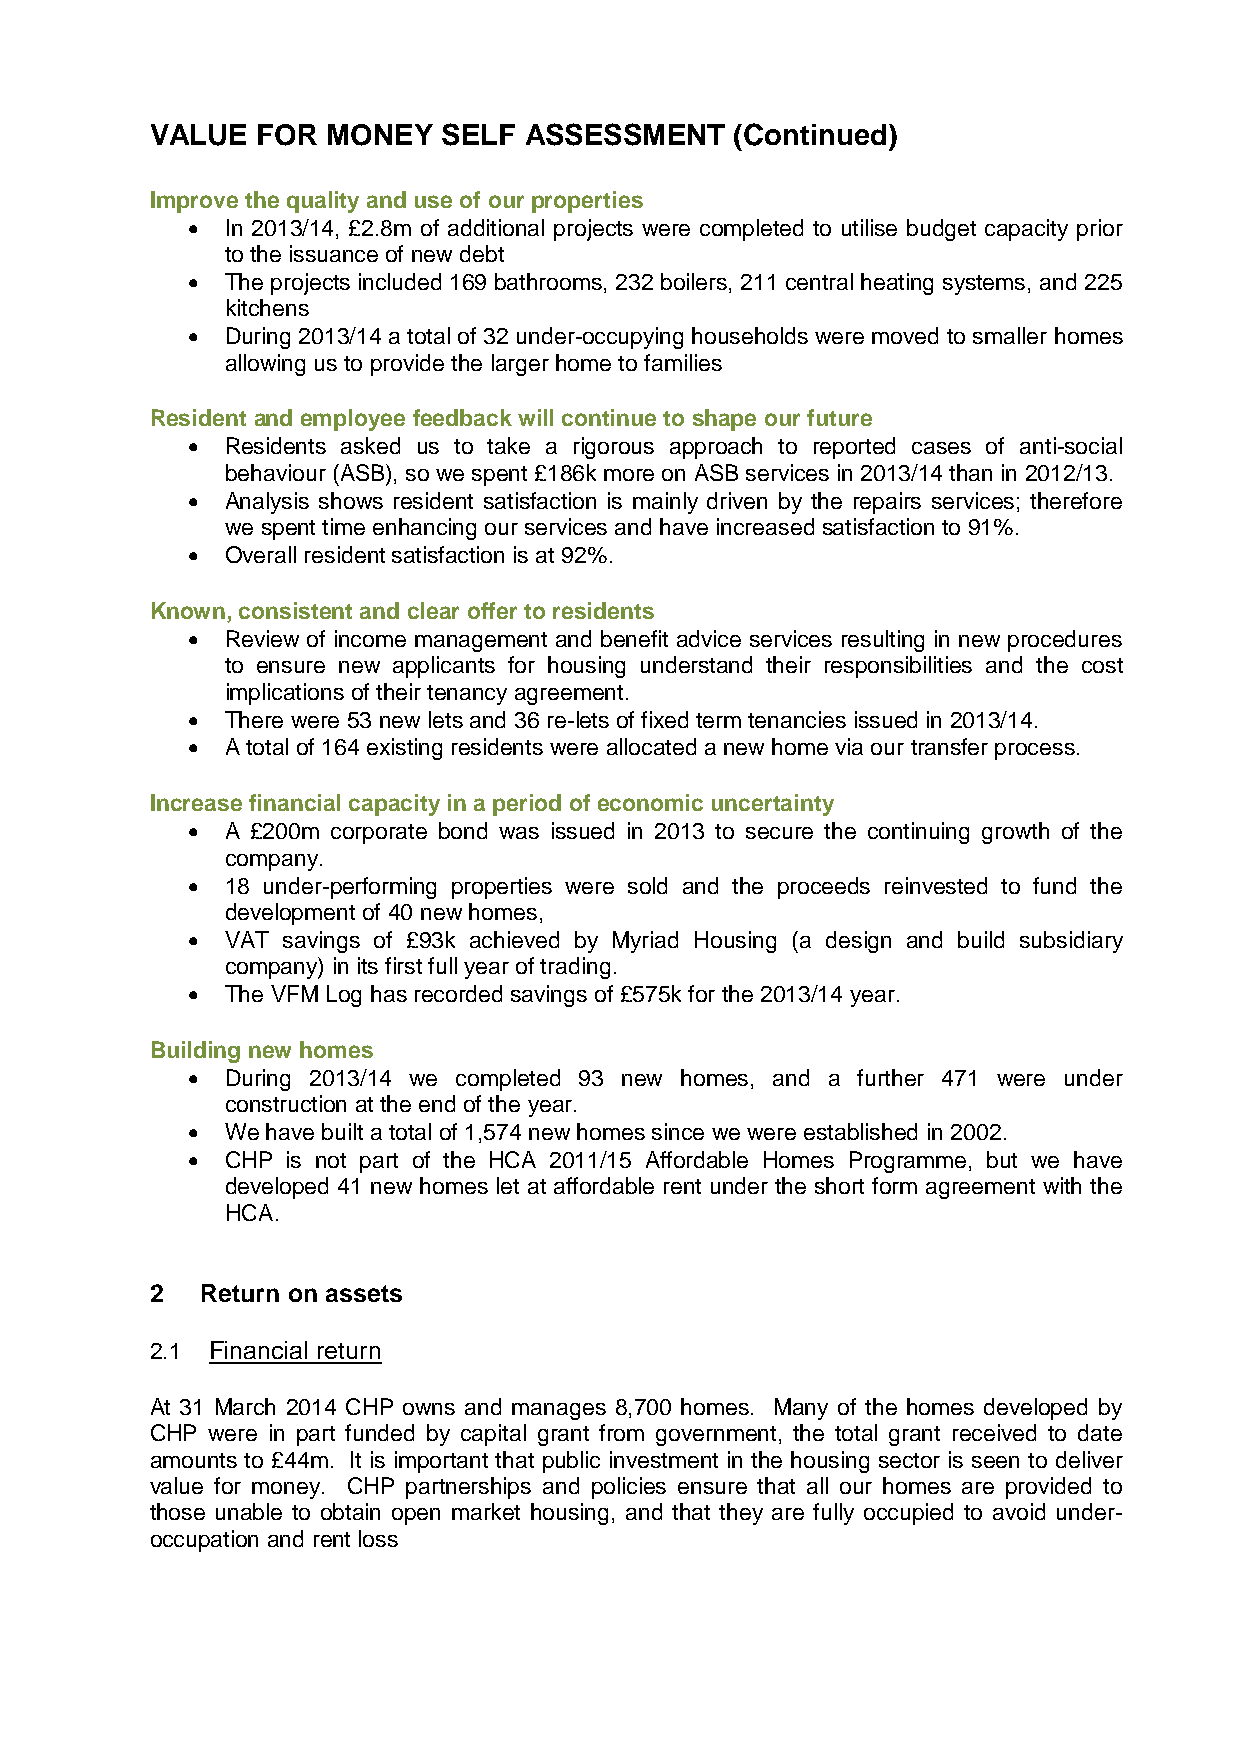
VALUE  FOR  MONEY  SELF  ASSESSMENT    (Continued)
 Improve the quality and use of our properties
 •  In 2013/14, £2.8m of additional projects were completed to utilise budget capacity prior
 to the issuance of new debt
 •  The projects included 169 bathrooms, 232 boilers, 211 central heating systems, and 225
 kitchens
 •  During 2013/14 a total of 32 under-occupying households were moved to smaller homes
 allowing us to provide the larger home to families
 Resident and employee feedback will continue to shape our future
 •  Residents asked us to take a rigorous approach to reported cases of anti-social
 behaviour (ASB), so we spent £186k more on ASB services in 2013/14 than in 2012/13.
 •  Analysis shows resident satisfaction is mainly driven by the repairs services; therefore
 we spent time enhancing our services and have increased satisfaction to 91%.
 •  Overall resident satisfaction is at 92%.
 Known, consistent and clear offer to residents
 •  Review of income management and benefit advice services resulting in new procedures
 to ensure new applicants for housing understand their responsibilities and the cost
 implications of their tenancy agreement.
 •  There were 53 new lets and 36 re-lets of fixed term tenancies issued in 2013/14.
 •  A total of 164 existing residents were allocated a new home via our transfer process.
 Increase financial capacity in a period of economic uncertainty
 •  A £200m corporate bond was issued in 2013 to secure the continuing growth of the
 company.
 •  18 under-performing properties were sold and the proceeds reinvested to fund the
 development of 40 new homes,
 •  VAT savings of £93k achieved by Myriad Housing (a design and build subsidiary
 company) in its first full year of trading.
 •  The VFM Log has recorded savings of £575k for the 2013/14 year.
 Building new homes
 •  During 2013/14 we completed 93 new homes, and a further 471 were under
 construction at the end of the year.
 •  We have built a total of 1,574 new homes since we were established in 2002.
 •  CHP is not part of the HCA 2011/15 Affordable Homes Programme, but we have
 developed 41 new homes let at affordable rent under the short form agreement with the
 HCA.
 2  Return on assets
 2.1 Financial return
 At 31 March 2014 CHP owns and manages 8,700 homes. Many of the homes developed by
 CHP were in part funded by capital grant from government, the total grant received to date
 amounts to £44m. It is important that public investment in the housing sector is seen to deliver
 value for money. CHP partnerships and policies ensure that all our homes are provided to
 those unable to obtain open market housing, and that they are fully occupied to avoid under-
 occupation and rent loss